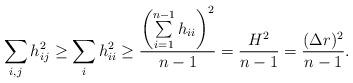
LaTeX: \begin{align*}\sum\limits_{i, j}h_{ij}^2\geq \sum\limits_{i}h_{ii}^2\geq {\left(\sum\limits_{i=1}^{n-1} h_{ii} \right)^2\over n-1}={H^2\over n-1}={(\Delta r)^2\over n-1}.\end{align*}